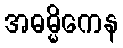
အဓမ္မိကေန